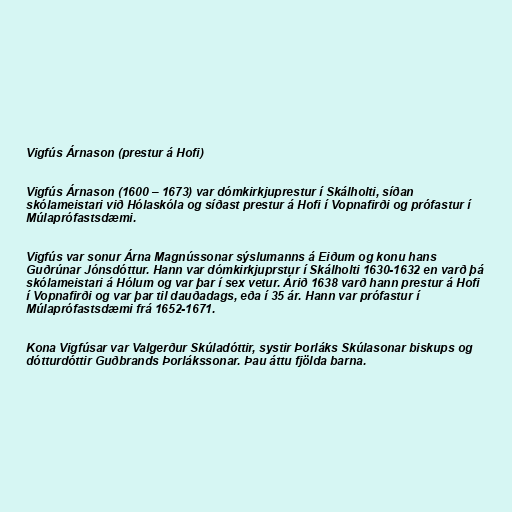
Vigfús Árnason (prestur á Hofi)

Vigfús Árnason (1600 – 1673) var dómkirkjuprestur í Skálholti, síðan
skólameistari við Hólaskóla og síðast prestur á Hofi í Vopnafirði og prófastur í
Múlaprófastsdæmi.

Vigfús var sonur Árna Magnússonar sýslumanns á Eiðum og konu hans
Guðrúnar Jónsdóttur. Hann var dómkirkjuprstur í Skálholti 1630-1632 en varð þá
skólameistari á Hólum og var þar í sex vetur. Árið 1638 varð hann prestur á Hofi
í Vopnafirði og var þar til dauðadags, eða í 35 ár. Hann var prófastur í
Múlaprófastsdæmi frá 1652-1671.

Kona Vigfúsar var Valgerður Skúladóttir, systir Þorláks Skúlasonar biskups og
dótturdóttir Guðbrands Þorlákssonar. Þau áttu fjölda barna.